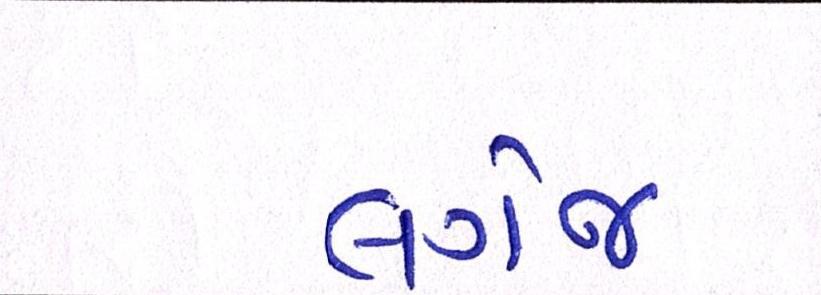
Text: લગેજ